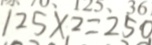
1 2 5 \times 2 = 2 5 0